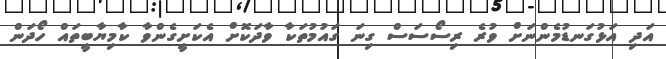
އަދި އަޅުގަނޑުމެންނަށް ވުރެ ރިސޯސަސް ގިނަ ގައުމުތަކާ ވާދަކޮށް އެކަށީގެންވާ ކާމިޔާބީތައް ހޯދަން